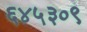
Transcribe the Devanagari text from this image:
६४५३०९